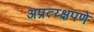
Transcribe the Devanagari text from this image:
अप्रत्य्क्षपणे